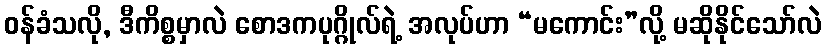
ဝန်ခံသလို, ဒီကိစ္စမှာလဲ စောဒကပုဂ္ဂိုလ်ရဲ့ အလုပ်ဟာ “မကောင်း”လို့ မဆိုနိုင်သော်လဲ